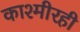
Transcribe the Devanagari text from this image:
काश्मीरही